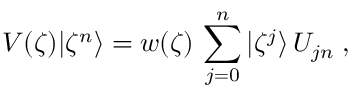
V ( \zeta ) | \zeta ^ { n } \rangle = w ( \zeta ) \, \sum _ { j = 0 } ^ { n } | \zeta ^ { j } \rangle \, U _ { j n } \; ,